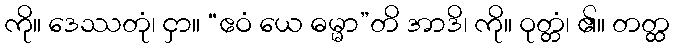
ကို။ ဒေဿတုံ၊ ငှာ။ “ဧဝံ ယေ ဓမ္မာ”တိ အာဒိ၊ ကို။ ဝုတ္တံ၊ ၏။ တတ္ထ